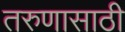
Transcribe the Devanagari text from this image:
तरुणासाठी